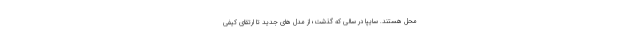
محل هستند. سایپا در سالی که گذشت؛ از مدل های جدید تا ارتقای کیفی